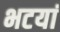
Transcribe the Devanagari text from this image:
भटयां